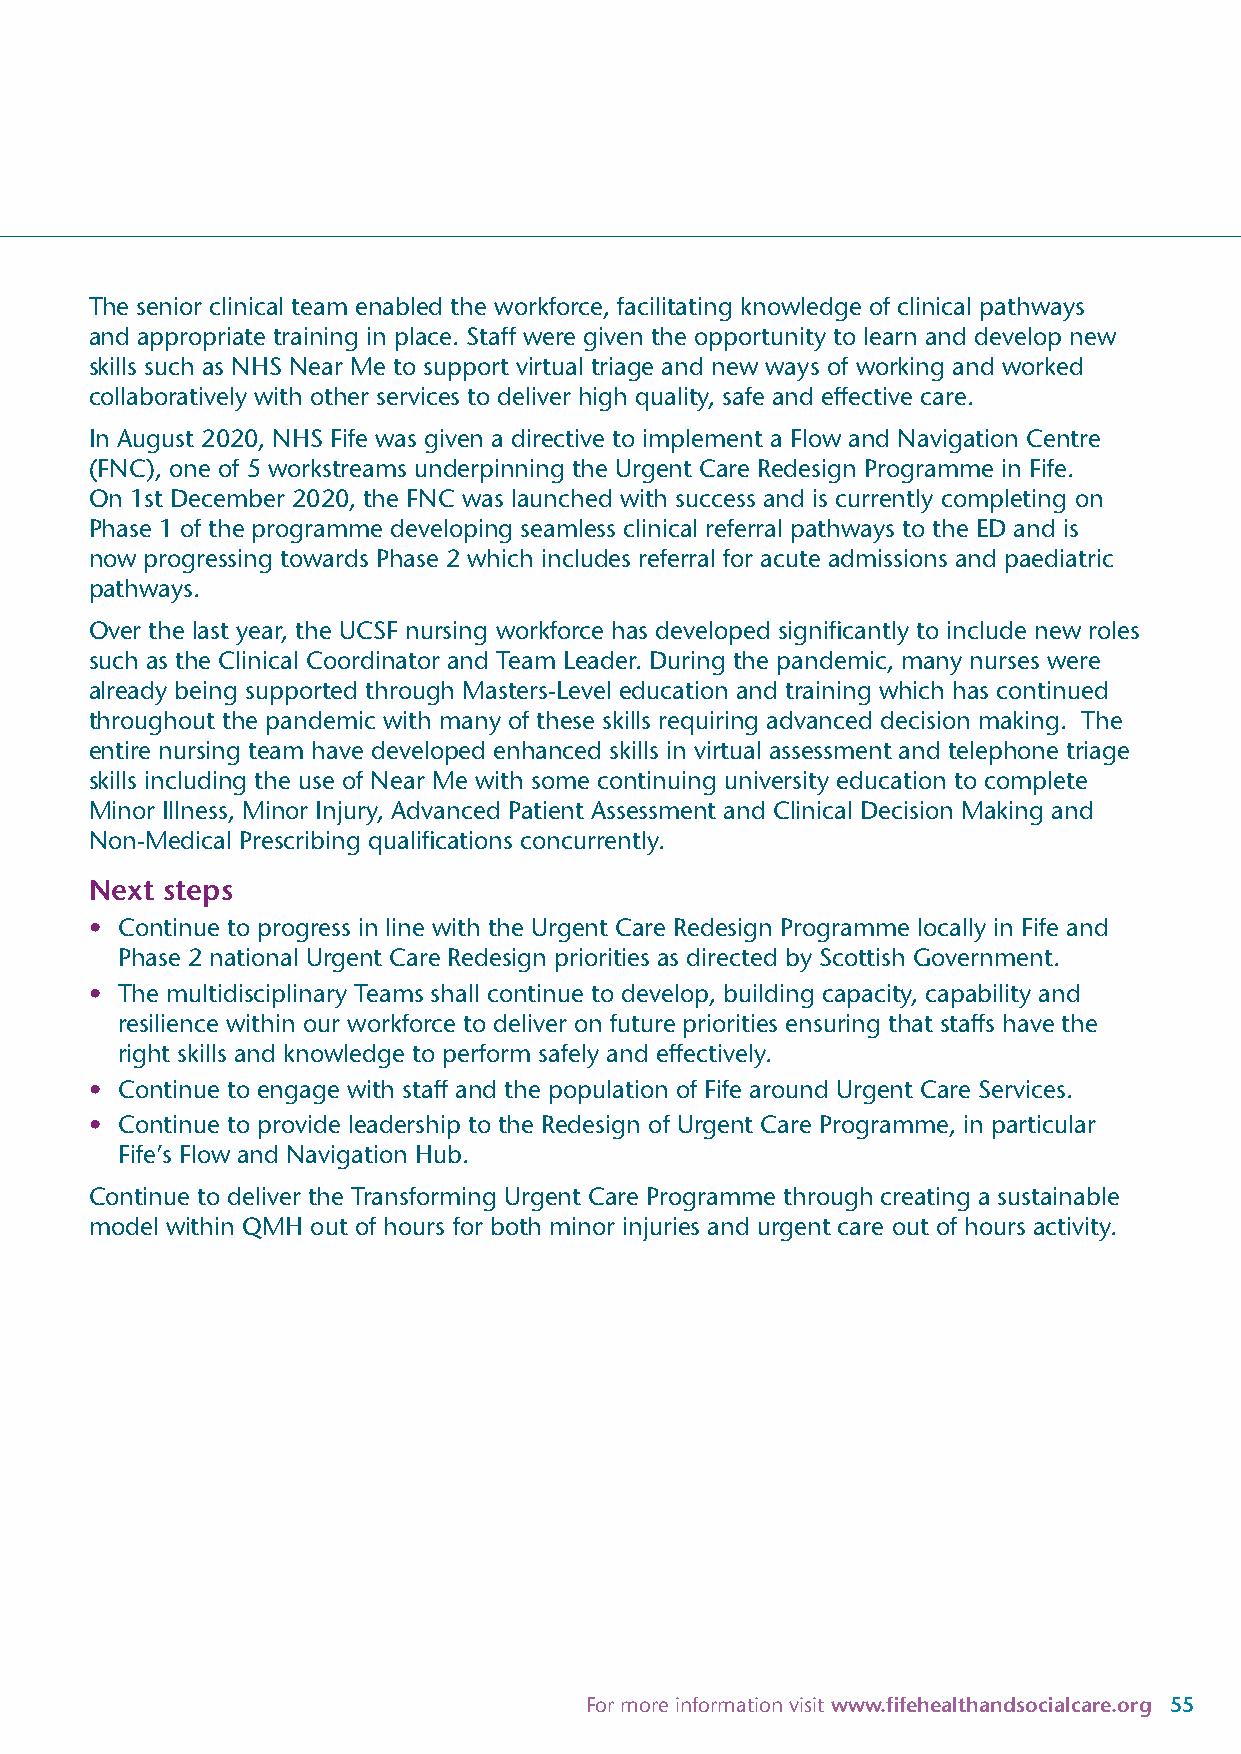
The senior clinical team enabled the workforce, facilitating knowledge of clinical pathways
 and appropriate training in place. Staff were given the opportunity to learn and develop new
 skills such as NHS Near Me to support virtual triage and new ways of working and worked
 collaboratively with other services to deliver high quality, safe and effective care.
 In August 2020, NHS Fife was given a directive to implement a Flow and Navigation Centre
 (FNC), one of 5 workstreams underpinning the Urgent Care Redesign Programme in Fife.
 On 1st December 2020, the FNC was launched with success and is currently completing on
 Phase 1 of the programme developing seamless clinical referral pathways to the ED and is
 now progressing towards Phase 2 which includes referral for acute admissions and paediatric
 pathways.
 Over the last year, the UCSF nursing workforce has developed significantly to include new roles
 such as the Clinical Coordinator and Team Leader. During the pandemic, many nurses were
 already being supported through Masters-Level education and training which has continued
 throughout the pandemic with many of these skills requiring advanced decision making. The
 entire nursing team have developed enhanced skills in virtual assessment and telephone triage
 skills including the use of Near Me with some continuing university education to complete
 Minor Illness, Minor Injury, Advanced Patient Assessment and Clinical Decision Making and
 Non-Medical Prescribing qualifications concurrently.
 Next steps
 • Continue to progress in line with the Urgent Care Redesign Programme locally in Fife and
 Phase 2 national Urgent Care Redesign priorities as directed by Scottish Government.
 • The multidisciplinary Teams shall continue to develop, building capacity, capability and
 resilience within our workforce to deliver on future priorities ensuring that staffs have the
 right skills and knowledge to perform safely and effectively.
 • Continue to engage with staff and the population of Fife around Urgent Care Services.
 • Continue to provide leadership to the Redesign of Urgent Care Programme, in particular
 Fife’s Flow and Navigation Hub.
 Continue to deliver the Transforming Urgent Care Programme through creating a sustainable
 model within QMH out of hours for both minor injuries and urgent care out of hours activity.
 For more information visit www.fifehealthandsocialcare.org 55